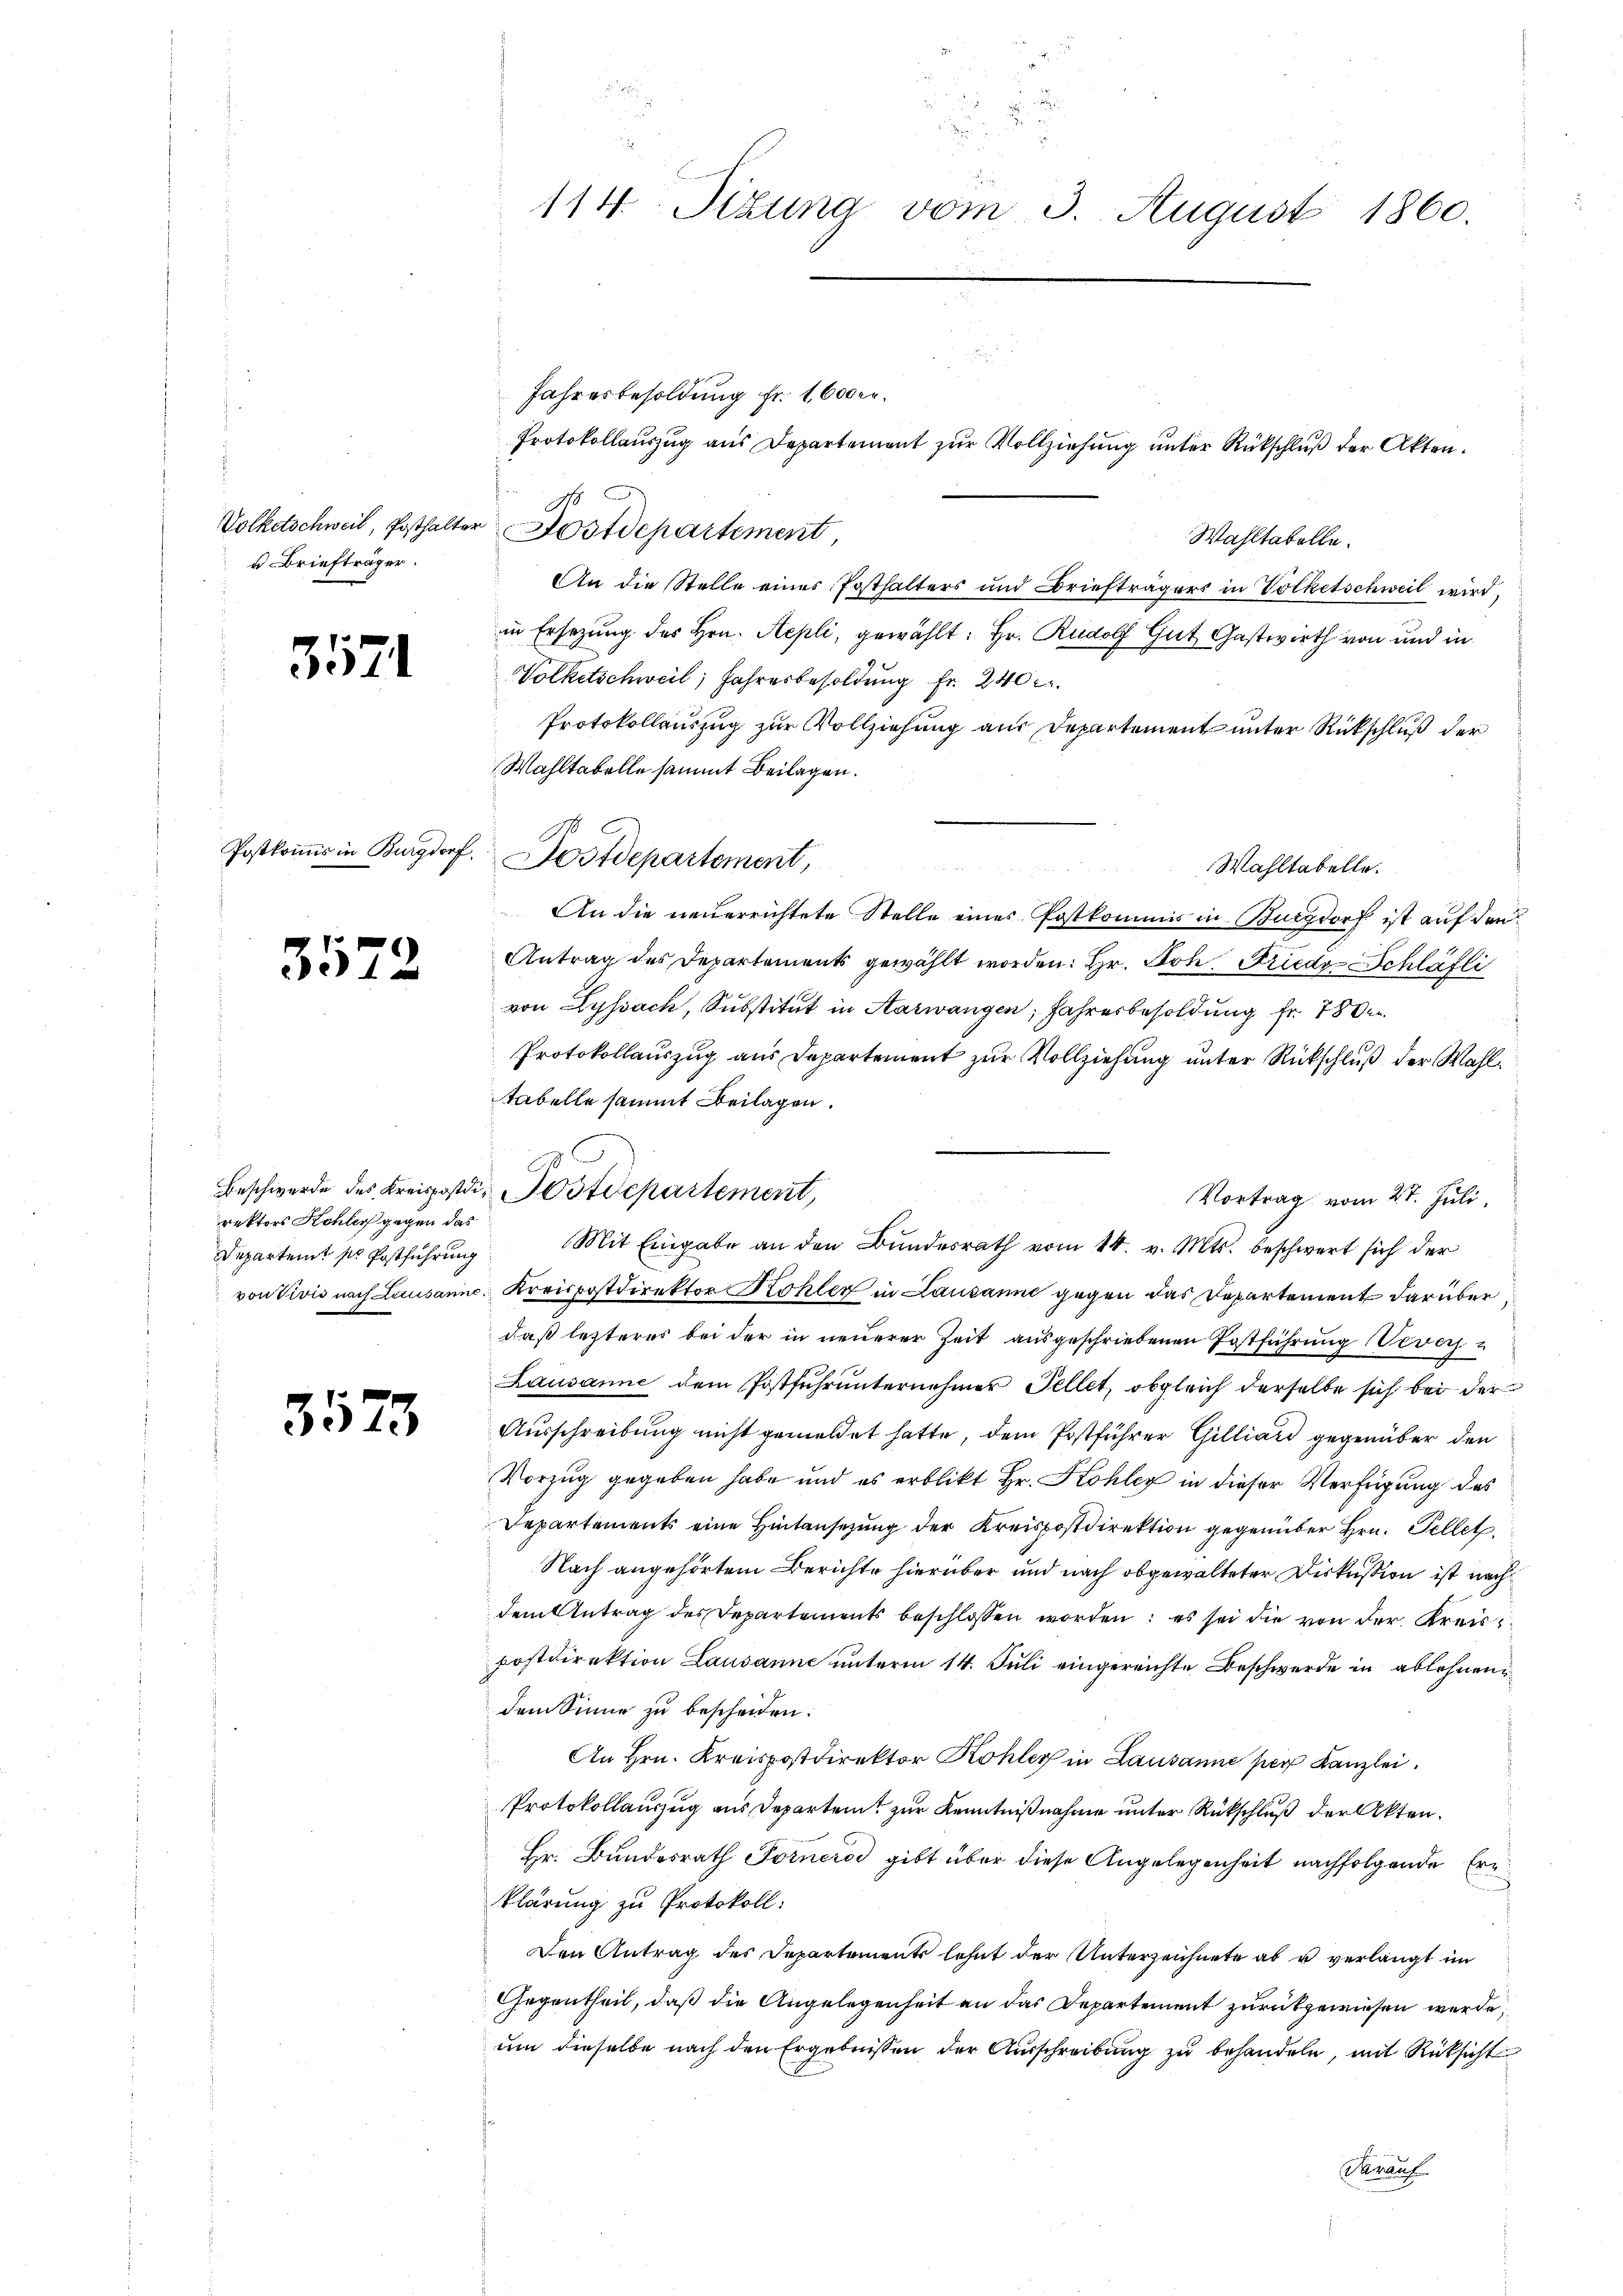
Volketschweil, Posthalte.
u Briefträger.

3571

Postkommis in Burgdorf.

3572

rektors Kohler gegen das
Departeit sie Postführung
von Divis nach Lausanne

3573

d
e
114. Sizung vom 3. August 1860.

Jahresbesoldung Fr. 1,600 r.
Wahltabelle.
An die Stelle eines Posthalters und Briefträgers in Volketschweil wird,
in Ersezung des Hrn. Aepli, gewählt: Hr. Rudolf Gut Gastwirth von und in
Volketschweil, Jahresbesoldung Fr. 240 x
Protokollauszug zur Vollziehung aus Departement unter Rückschluß der
Wahltabelle sammt Beilagen.

Wahltabelle.
An die neuerrichtete Stelle eines Postkommis in Burgdorf ist auf den
Antrag des Departements gewählt worden. Hr. Joh. Friede-Schläfti
von Lyssach, Substitut in Aarwangen, Jahresbesoldung fr. 78 de
Protokollauszug aus Departement zur Vollziehung unter Rückschluß der Wahltabelle sammt Beilagen.
Vortrag vom 27. Juli.
Kreispostdirektor Kohler in Lausanne gegen das Departement darüber
daß letzteres bei der in neuerer Zeit ausgeschriebenen Postführung Verach
Lausanne dem Postfŭhrŭnternehmer Fellet, obgleich derselbe sich bei der
Ausschreibung nicht gemeldet hatte, dem Postführer Gilliard gegenüber den
Vorzug gegeben habe und es erblikt Hr. Kohler in dieser Verfügung des
Departements eine Hintansezung der Kreispostdirektion gegenüber Hrn. Tellet
Nach angehörtem Berichte hierüber und nach obgewalteter Diskussion ist nachdem Antrag des Departements beschlossen worden; es sei die von der Kreis¬
Postdirektion Lausanne unterm 14. Juli eingereichte Beschwerde in ablehnen
dem Sinne zu bescheiden:
An Hrn. Kreispostdirektor Kohler in Lausanne ser Kanzlei.
Protokollauszug aus Departem zur Kenntnißnahme unter Rückschluß der Akten.
Hr. Bundesrath Forners gibt über diese Angelegenheit nachfolgende Ern
klärung zu Protokoll:
Den Antrag des Departements lehnt der Unterzeichnete ab u. verlangt im
Gegentheil, daß die Angelegenheit an das Departement zurückgewiesen werde.
um dieselbe nach den Ergebnissen der Ausschreibung zu behandeln, mit Rücksicht
Serauf

Postdepartement,

Postdepartement,

Protokollauszug aus Departement zur Vollziehung unter Rückschluß der Akten.

d
Beschwerde des Kreispostdi-Postdepartement,
Mit Eingabe an den Bundesrath vom 14. v. Mts. beschwert sich der